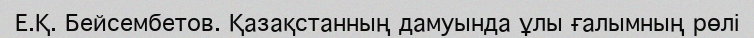
Е.Қ. Бейсембетов. Қазақстанның дамуында ұлы ғалымның рөлі